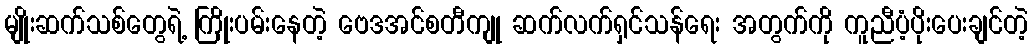
မျိုးဆက်သစ်တွေရဲ့ ကြိုးပမ်းနေတဲ့ ဗေဒအင်စတီကျု ဆက်လက်ရှင်သန်ရေး အတွက်ကို ကူညီပံ့ပိုးပေးချင်တဲ့